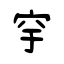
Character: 穻